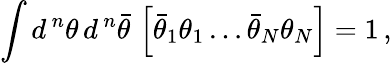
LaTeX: \int d^{\, n}\theta\, d^{\, n}\bar{\theta}\, \left[\bar{\theta}_{1}\theta_{1}\dots\bar{\theta}_{N}\theta_{N}\right]=1\, ,